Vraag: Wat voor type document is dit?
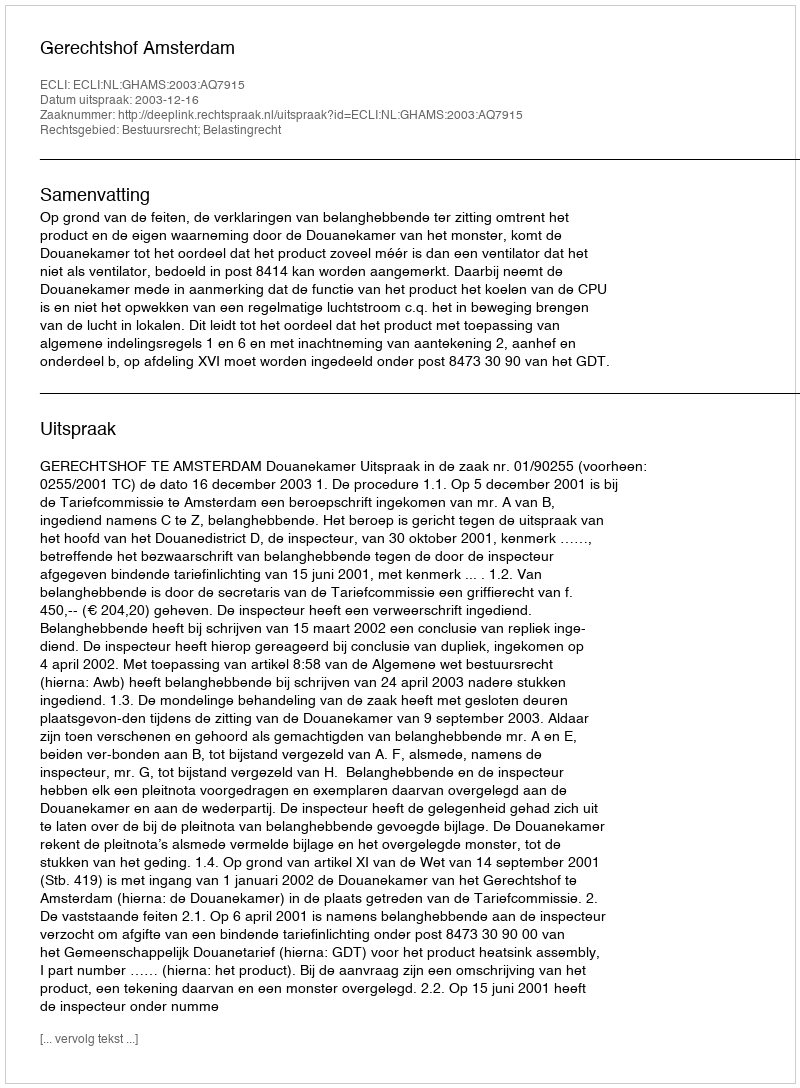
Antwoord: Uitspraak